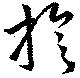
旋